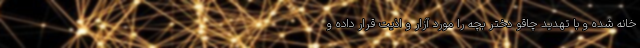
خانه شده و با تهدید چاقو دختر بچه را مورد آزار و اذیت قرار داده و